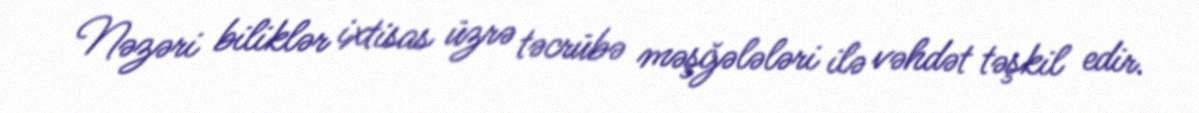
Nəzəri biliklər ixtisas üzrə təcrübə məşğələləri ilə vəhdət təşkil edir.